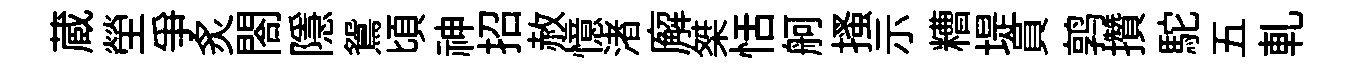
蔵塋爭炙閤隱鴛頃神招赦憶渚廨桀恬舸搔示糟堤員鹑攢駝五軋